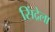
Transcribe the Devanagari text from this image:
सिंद्रेला